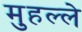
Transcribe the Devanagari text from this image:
मुहल्‍ले